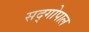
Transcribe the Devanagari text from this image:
सद्‍गोपाल